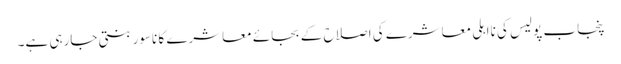
پنجاب پولیس کی نااہلی معاشرے کی اصلاح کے بجائے معاشرے کا ناسور بنتی جارہی ہے۔